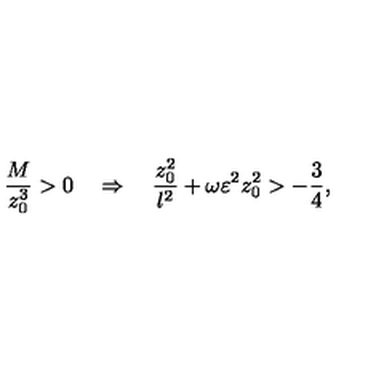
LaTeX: { \frac { M } { z _ { 0 } ^ { 3 } } } > 0 \quad \Rightarrow \quad { \frac { z _ { 0 } ^ { 2 } } { l ^ { 2 } } } + \omega \varepsilon ^ { 2 } z _ { 0 } ^ { 2 } > - { \frac { 3 } { 4 } } ,